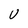
Character: U